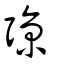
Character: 弶